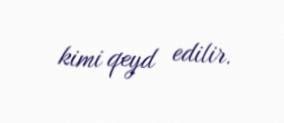
kimi qeyd edilir.